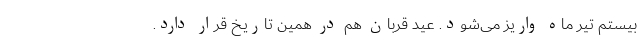
بیستم تیر ماه واریز می‌شود. عید قربان هم در همین تاریخ قرار دارد.